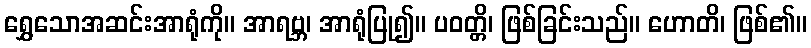
ရွှေသောအဆင်းအာရုံကို။ အာရဗ္ဘ၊ အာရုံပြု၍။ ပဝတ္တိ၊ ဖြစ်ခြင်းသည်။ ဟောတိ၊ ဖြစ်၏။